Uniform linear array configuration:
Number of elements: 16
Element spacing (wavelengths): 0.25
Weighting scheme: hann
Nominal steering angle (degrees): -60
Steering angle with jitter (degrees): -58.866
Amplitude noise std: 0.05
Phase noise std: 0.05

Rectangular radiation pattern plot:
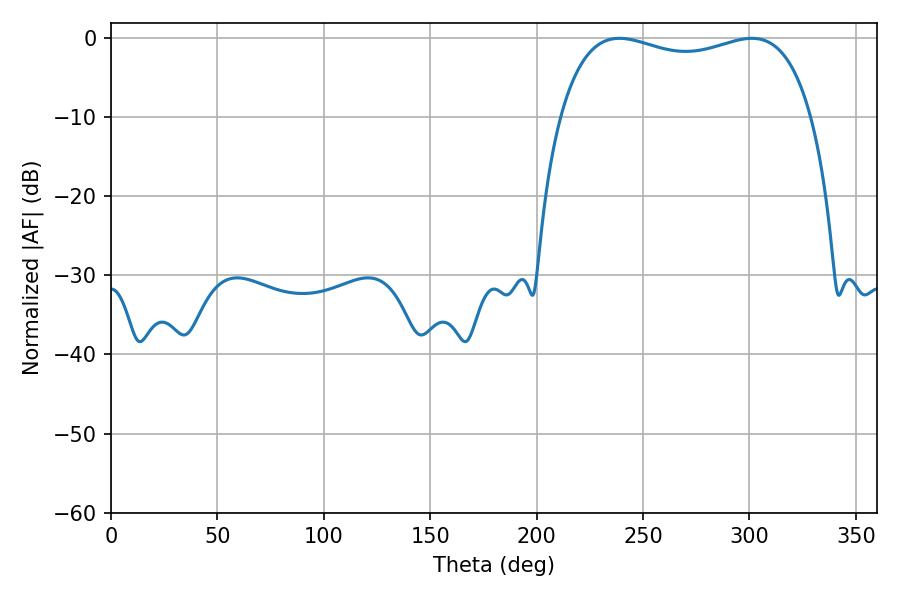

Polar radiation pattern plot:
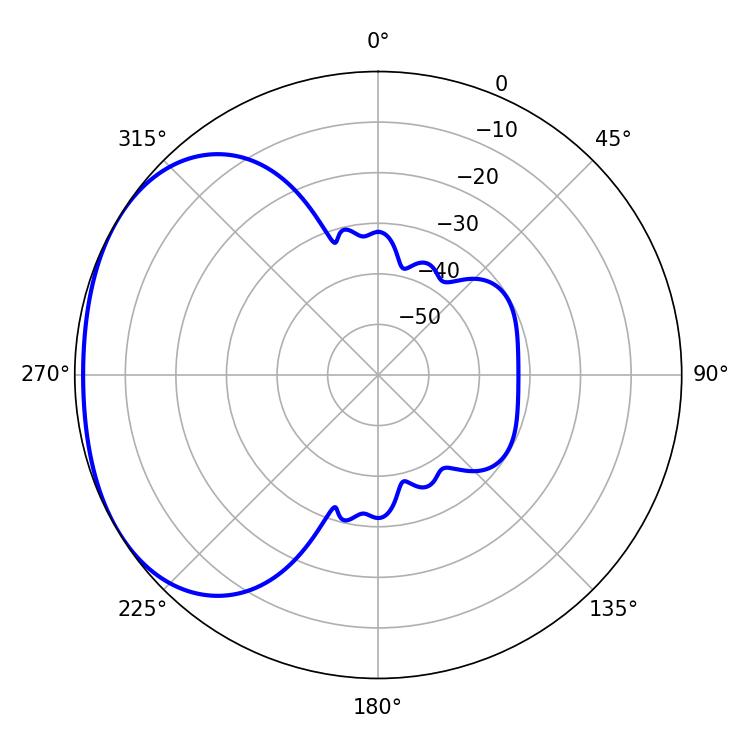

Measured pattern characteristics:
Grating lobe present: FALSE
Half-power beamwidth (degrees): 96.84
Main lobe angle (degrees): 238.86